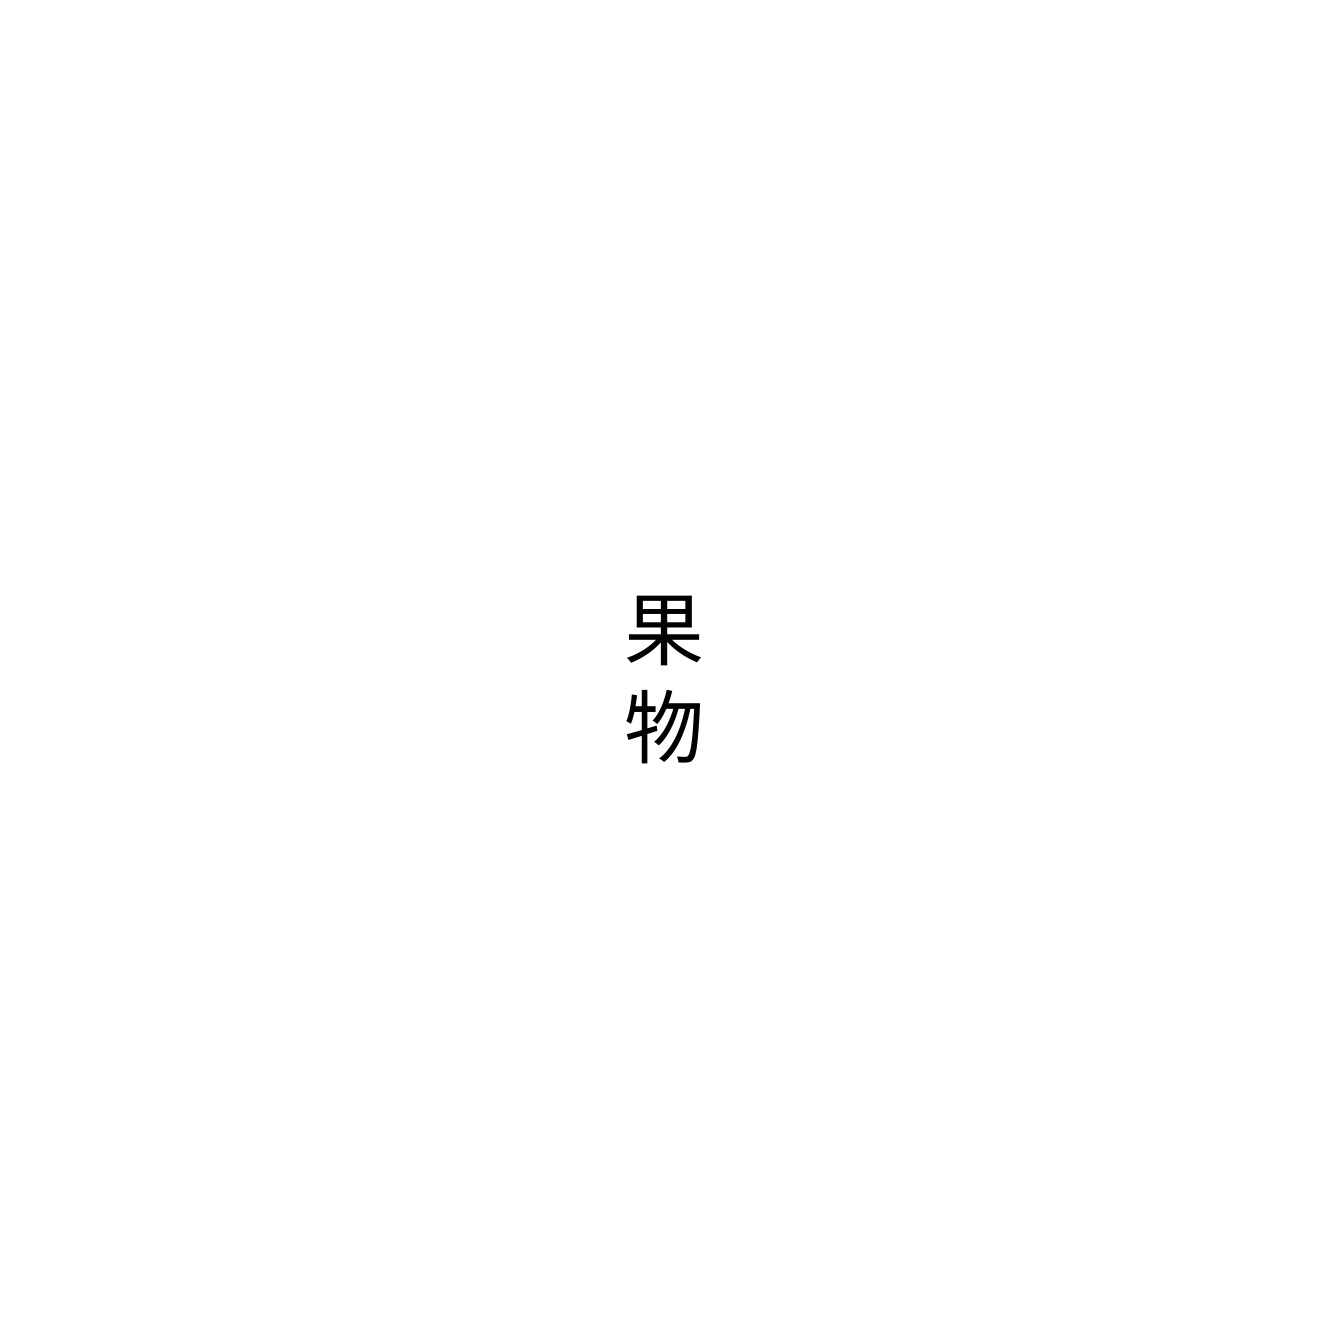
果物